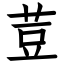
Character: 荳